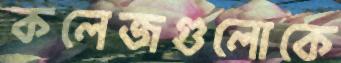
কলেজগুলোকে